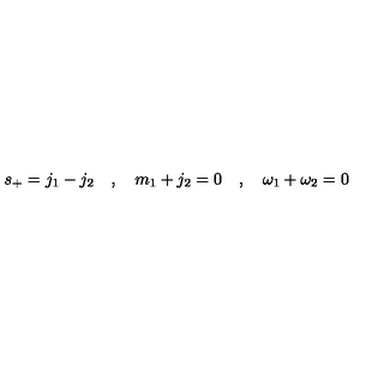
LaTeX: s _ { + } = j _ { 1 } - j _ { 2 } \quad , \quad m _ { 1 } + j _ { 2 } = 0 \quad , \quad \omega _ { 1 } + \omega _ { 2 } = 0